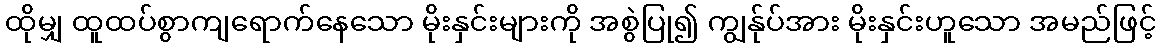
ထိုမျှ ထူထပ်စွာကျရောက်နေသော မိုးနှင်းများကို အစွဲပြု၍ ကျွန်ုပ်အား မိုးနှင်းဟူသော အမည်ဖြင့်